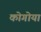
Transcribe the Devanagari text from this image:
कोगोया